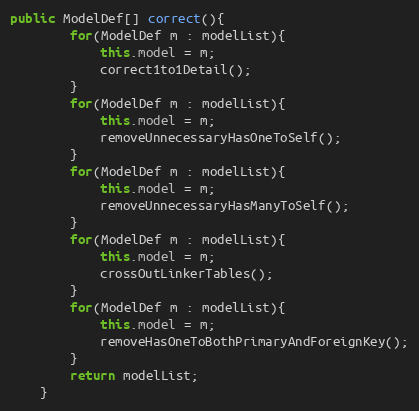
Language: Java
public ModelDef[] correct(){
		for(ModelDef m : modelList){
			this.model = m;
			correct1to1Detail();
		}
		for(ModelDef m : modelList){
			this.model = m;
			removeUnnecessaryHasOneToSelf();
		}
		for(ModelDef m : modelList){
			this.model = m;
			removeUnnecessaryHasManyToSelf();
		}
		for(ModelDef m : modelList){
			this.model = m;
			crossOutLinkerTables();
		}
		for(ModelDef m : modelList){
			this.model = m;
			removeHasOneToBothPrimaryAndForeignKey();
		}
		return modelList;
	}